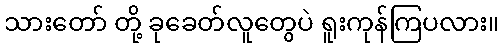
သားတော် တို့ ခုခေတ်လူတွေပဲ ရူးကုန်ကြပလား။